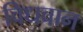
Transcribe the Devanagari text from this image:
विधवान